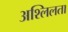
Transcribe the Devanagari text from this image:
अश्लिलता